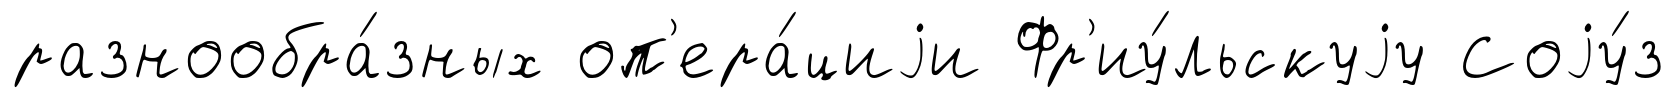
разнообра́зных оп'ера́циjи Фр'иу́льскуjу Соjу́з